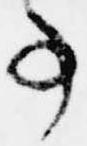
事